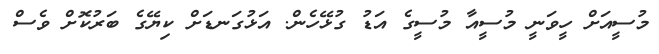
މުސީއަށް ހީވަނީ މުސީއާ މުސީގެ އަޑު ގުޅޭހެން. އަޅުގަނޑަށް ކިޔޭގެ ބަރުކޮށް ވެސް